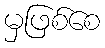
မှဖြစ်စေ